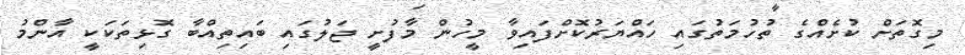
މިގޮތަށް ކުށެއްގެ ތުހުމަތުގައި ހައްޔަރުކޮށްފައިވާ މީހުން މާފުށީ ޖަލުގައި ބައިތިއްބާ ގޮޅިތަކަކީ އާންމު